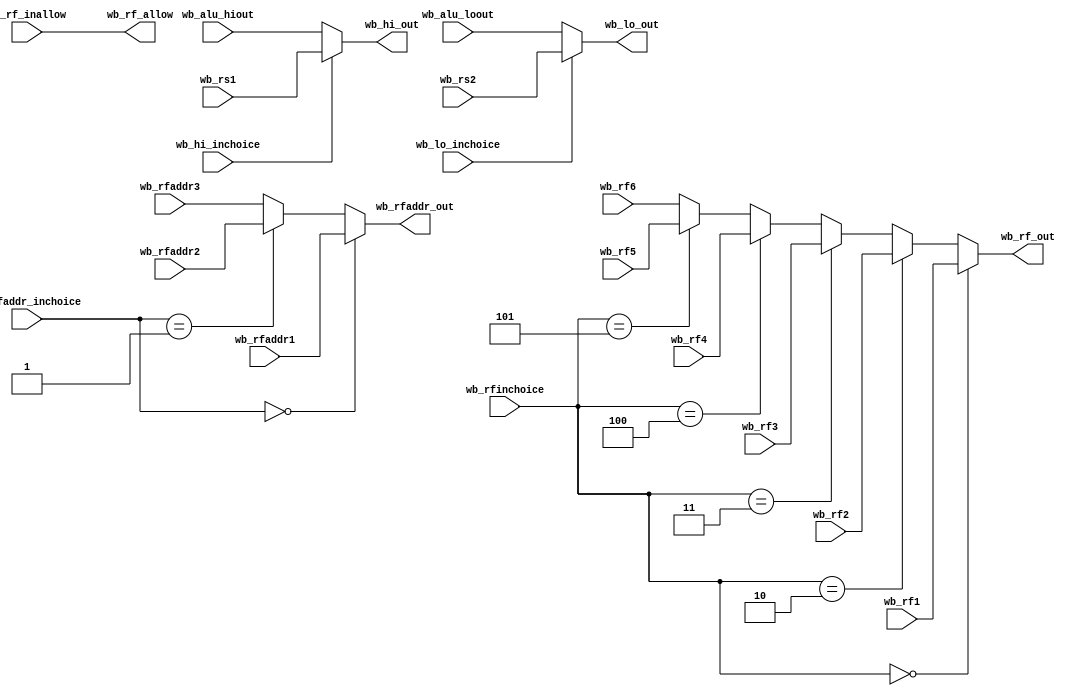
`timescale 1ns / 1ps
module Writeback(
    input [1:0]wb_rfaddr_inchoice,
    input [4:0]wb_rfaddr1, 
    input [4:0]wb_rfaddr2, 
    input [4:0]wb_rfaddr3,
    
    input [2:0]wb_rfinchoice,
    input [31:0]wb_rf1, 
    input [31:0]wb_rf2, 
    input [31:0]wb_rf3, 
    input [31:0]wb_rf4, 
    input [31:0]wb_rf5, 
    input [31:0]wb_rf6,
    
    input wb_rf_inallow,
    
    input wb_hi_inchoice,
    input [31:0]wb_rs1, 
    input [31:0]wb_alu_hiout,
    
    input wb_lo_inchoice,
    input [31:0]wb_rs2, 
    input [31:0]wb_alu_loout,
    
    output [4:0]wb_rfaddr_out,
    output [31:0]wb_rf_out,
    output wb_rf_allow,
    output [31:0]wb_hi_out,
    output [31:0]wb_lo_out
    );
    assign wb_rfaddr_out = wb_rfaddr_inchoice==2'b00 ? wb_rfaddr1 : 
                          (wb_rfaddr_inchoice==2'b01 ? wb_rfaddr2 : wb_rfaddr3);
    assign wb_rf_out =  wb_rfinchoice==3'b000 ? wb_rf1 : 
                       (wb_rfinchoice==3'b010 ? wb_rf2 : 
                       (wb_rfinchoice==3'b011 ? wb_rf3 : 
                       (wb_rfinchoice==3'b100 ? wb_rf4 : 
                       (wb_rfinchoice==3'b101 ? wb_rf5 : wb_rf6))));
                       
    assign wb_rf_allow = wb_rf_inallow;
    assign wb_hi_out = wb_hi_inchoice ? wb_rs1 : wb_alu_hiout;
    assign wb_lo_out = wb_lo_inchoice ? wb_rs2 : wb_alu_loout;
endmodule